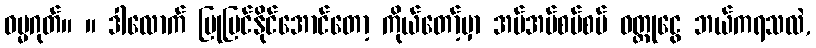
ဓမ္မဂုတ်။ ။ ဒါလောက် ပြုပြင်နိုင်အောင်တော့ ကိုယ်တော့်မှာ အပ်အပ်စပ်စပ် ဝတ္ထုငွေ ဘယ်ကရသလဲ,